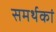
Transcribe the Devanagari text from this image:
समर्थकां